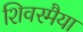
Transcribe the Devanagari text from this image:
शिवरमैया